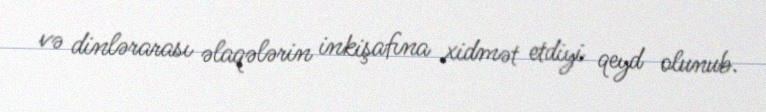
və dinlərarası əlaqələrin inkişafına xidmət etdiyi qeyd olunub.